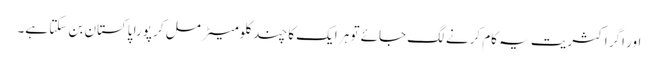
اور اگر اکثریت یہ کام کرنے لگ جائے تو ہر ایک کا چند کلومیٹر مل کر پورا پاکستان بن سکتا ہے۔